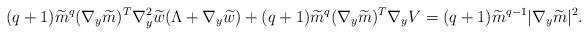
LaTeX: \begin{align*} & (q+1 )\widetilde{m}^q (\nabla_y \widetilde{m} )^T\nabla_y^2\widetilde{w}(\Lambda + \nabla_y \widetilde{w} )+ (q+1 )\widetilde{m}^q (\nabla_y\widetilde{m})^T\nabla_yV= (q+1 )\widetilde{m}^{q-1} |\nabla_y\widetilde{m} |^2. \end{align*}